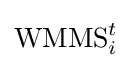
\operatorname {WMMS} _{i}^{t}